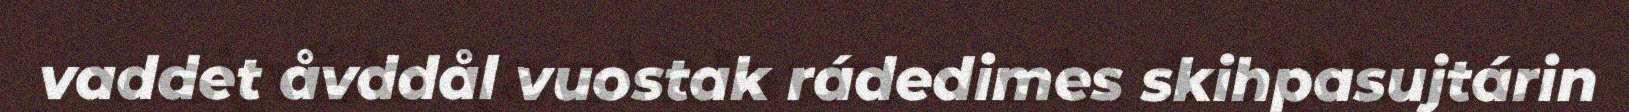
vaddet åvddål vuostak rádedimes skihpasujtárin